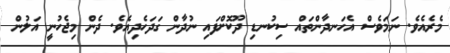
މެރެއެވެ. ނަމަވެސް އެހަނދާންތައް ސިކުނޑި ދޫކޮށްފައި ނުދާން ގަދަހެދިއެވެ. ދެން މިޖެހުނީ އަލުން